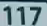
117